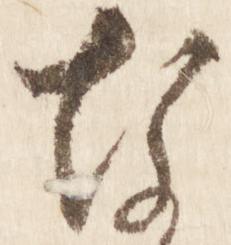
な